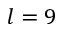
l = 9